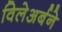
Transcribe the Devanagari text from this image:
विलेअर्बने